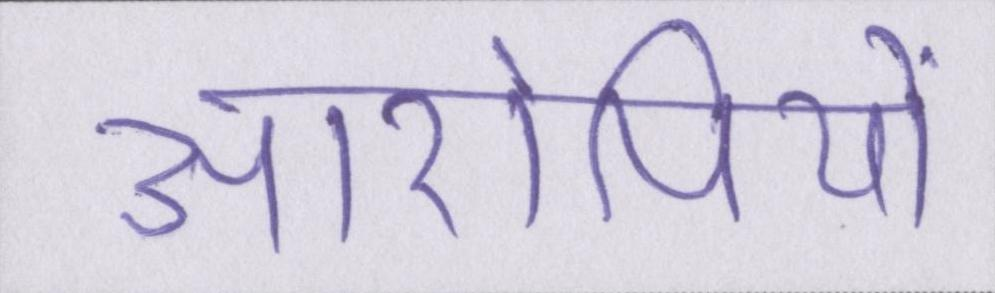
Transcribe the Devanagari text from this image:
आरोपियों